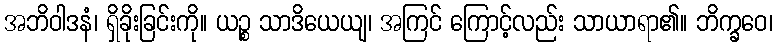
အဘိဝါဒနံ၊ ရှိခိုးခြင်းကို။ ယဉ္စ သာဒိယေယျ၊ အကြင် ကြောင့်လည်း သာယာရာ၏။ ဘိက္ခဝေ၊